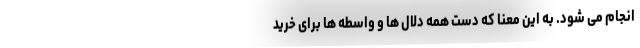
انجام می شود. به این معنا که دست همه دلال ها و واسطه ها برای خرید